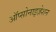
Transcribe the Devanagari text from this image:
ऑप्सोनाइज़ेशन